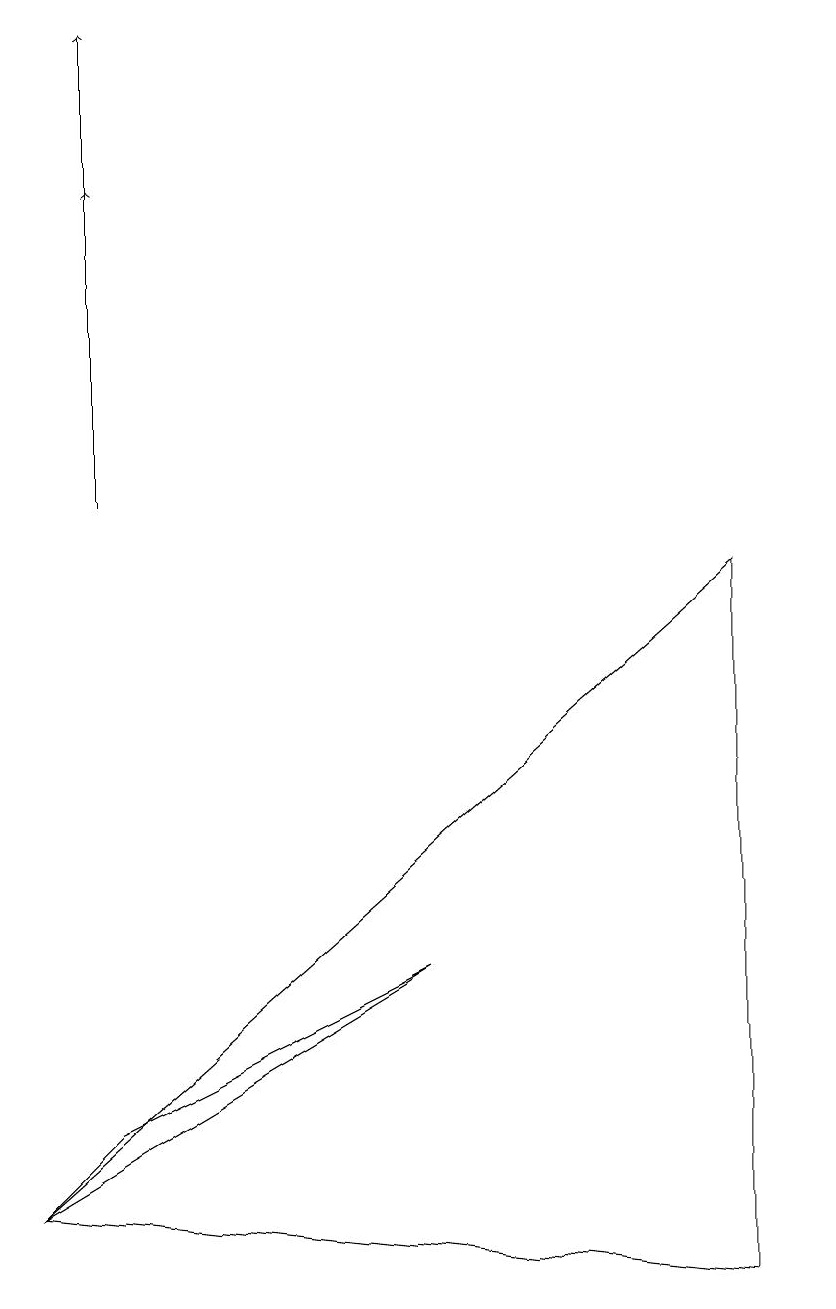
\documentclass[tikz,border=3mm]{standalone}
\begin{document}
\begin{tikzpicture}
\draw (5,4) -- (1,2) -- (0,1) -- cycle;
\draw (9,0) -- (0,1) -- (9,9) -- cycle;
\draw[->] (1,10) -- (1,16);
\draw[->] (1,12) -- (1,14);
\draw (10,11) circle (0);
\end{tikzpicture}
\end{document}